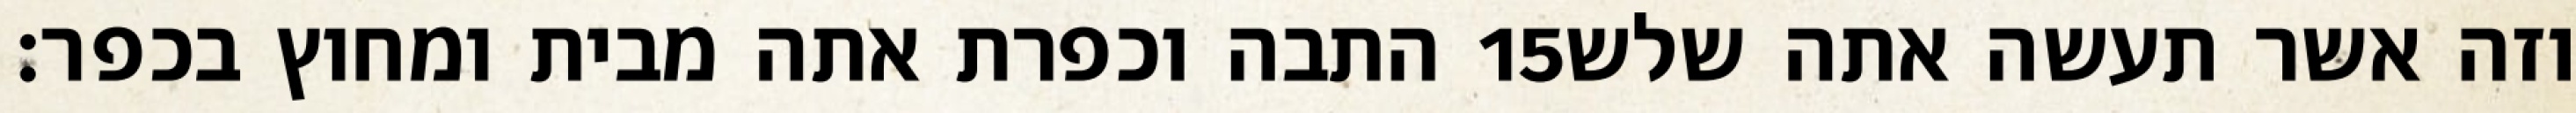
התבה וכפרת אתה מבית ומחוץ בכפר׃ ‎15‏ וזה אשר תעשה אתה שלש